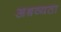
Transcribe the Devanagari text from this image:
अश्रव्यता